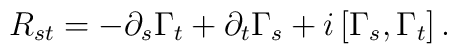
R_{st} = - \partial_s \Gamma_t + \partial_t \Gamma_s + i \left[ \Gamma_s, \Gamma_t \right] .